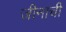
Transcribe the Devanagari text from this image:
जीनाची